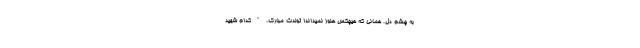
به چشمِ دل. همانی که هیچکس هنوز نمیداند! تولدت مبارک. " کدام شهید